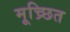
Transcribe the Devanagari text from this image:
मूच्र्छित